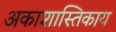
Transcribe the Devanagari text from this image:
अकाशास्तिकाय